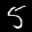
Label: 5